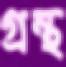
গ্রন্থ